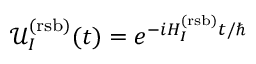
\mathcal { U } _ { I } ^ { ( \mathrm { r s b ) } } ( t ) = e ^ { - i H _ { I } ^ { ( \mathrm { r s b ) } } t / \hbar }